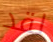
لقد